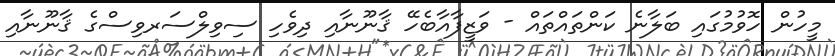
މީހުން ހޮވުމުގައި ބަލާނެ ކަންތައްތައް - ވަޒީފާއާބެހޭ ޤާނޫނާއި ދިވެހި ސިވިލްސަރވިސްގެ ޤާނޫނާއި